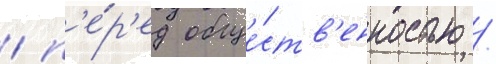
/ п'е́р'ед обще́ств'енностью /